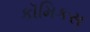
કૉમિકસ